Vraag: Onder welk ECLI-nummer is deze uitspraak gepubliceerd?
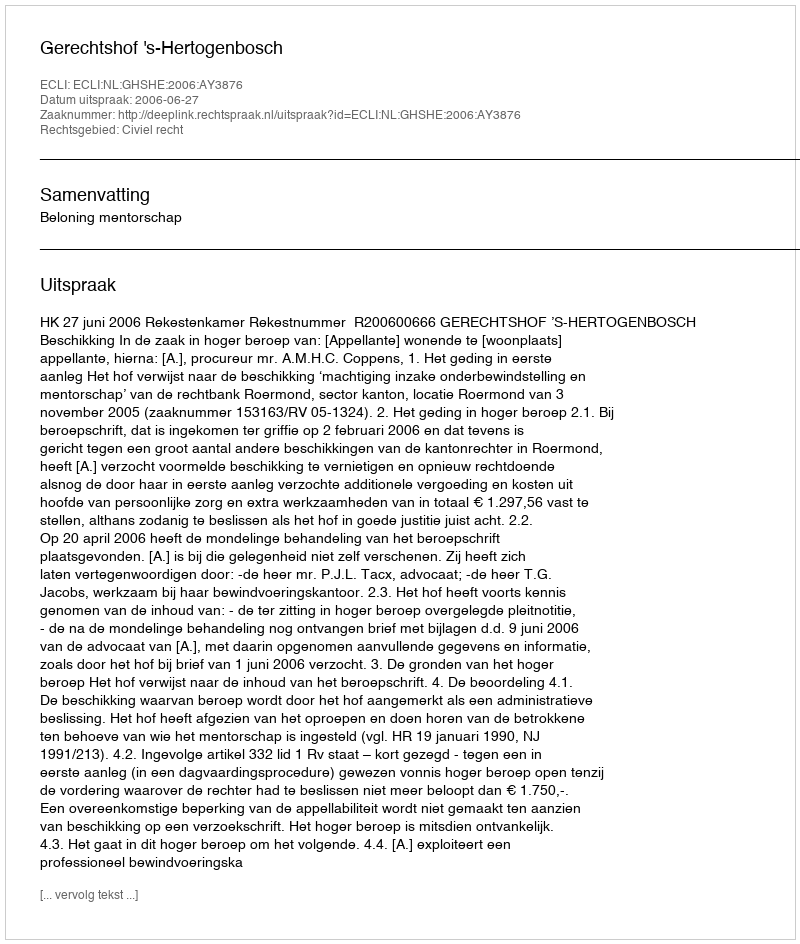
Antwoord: ECLI:NL:GHSHE:2006:AY3876